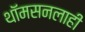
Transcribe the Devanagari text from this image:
थॉमसनलाही